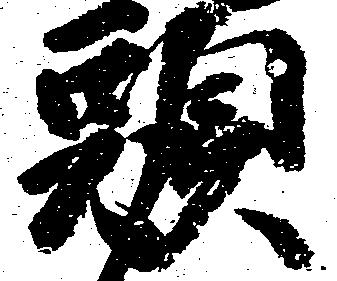
頭